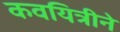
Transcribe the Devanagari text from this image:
कवयित्रीने